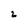
Character: 2